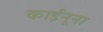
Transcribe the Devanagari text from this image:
काईनूना